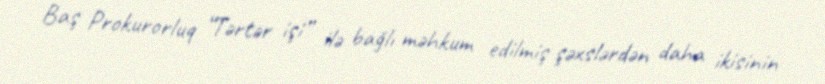
Baş Prokurorluq “Tərtər işi” ilə bağlı məhkum edilmiş şəxslərdən daha ikisinin